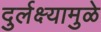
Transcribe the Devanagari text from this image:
दुर्लक्ष्यामुळे